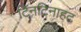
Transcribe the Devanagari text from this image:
टिनटिनाहट